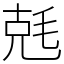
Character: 兞